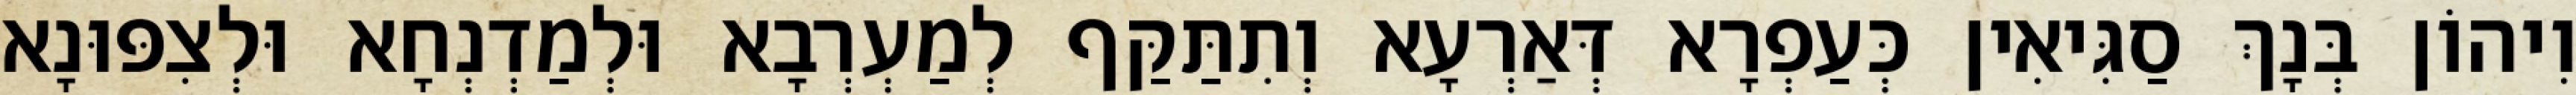
וִיהוֹן בְּנָךְ סַגִּיאִין כְּעַפְרָא דְּאַרְעָא וְתִתַּקַּף לְמַעְרְבָא וּלְמַדְנְחָא וּלְצִפּוּנָא